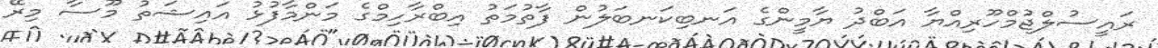
ރައީސުލްޖުމްހޫރިއްޔާ އަބްދު ޔާމީންގެ އަނބިކަނބަލުން ފާތުމަތު އިބްރާހިމްގެ މަންމާފުޅު އައިޝަތު މޫސާ މިރޭ